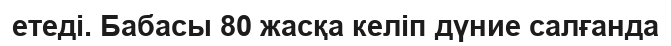
етеді. Бабасы 80 жасқа келіп дүние салғанда